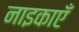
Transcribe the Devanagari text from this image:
नाइकाएँ